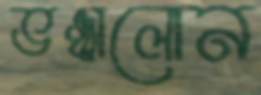
ভঞ্ঝালোন